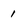
Character: 1